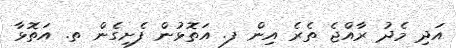
އަދި މެދު ރާއްޖެ ތެރެ އިން ފ. އަތޮޅުން ފެށިގެން ތ. އަތޮޅާ